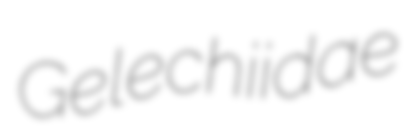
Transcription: Gelechiidae